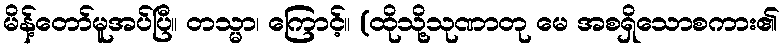
မိန့်တော်မူအပ်ပြီ။ တသ္မာ၊ ကြောင့်။ (ထိုသို့သုဏာတု မေ အစရှိသောစကား၏